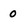
Character: 0